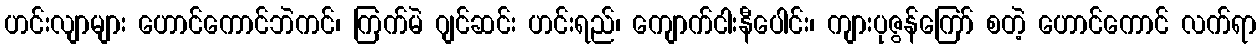
ဟင်းလျာများ ဟောင်ကောင်ဘဲကင်၊ ကြက်မဲ ဂျင်ဆင်း ဟင်းရည်၊ ကျောက်ငါးနီပေါင်း၊ ကျားပုဇွန်ကြော် စတဲ့ ဟောင်ကောင် လက်ရာ